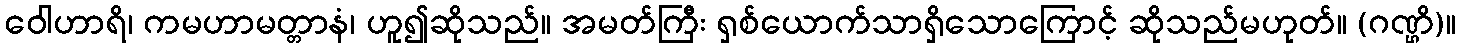
ဝေါဟာရိ၊ ကမဟာမတ္တာနံ၊ ဟူ၍ဆိုသည်။ အမတ်ကြီး ရှစ်ယောက်သာရှိသောကြောင့် ဆိုသည်မဟုတ်။ (ဂဏ္ဌိ)။